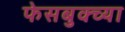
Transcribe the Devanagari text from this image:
फेसबुक्च्या